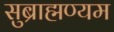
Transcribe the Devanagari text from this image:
सुब्राह्मण्यम